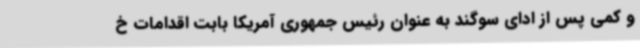
و کمی پس از ادای سوگند به عنوان رئیس جمهوری آمریکا بابت اقدامات خ